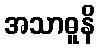
အသာဓူနိ